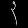
Digit: ၃